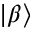
| \beta \rangle